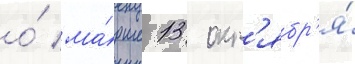
о́ ма́рше 13 окт'ябр'я́